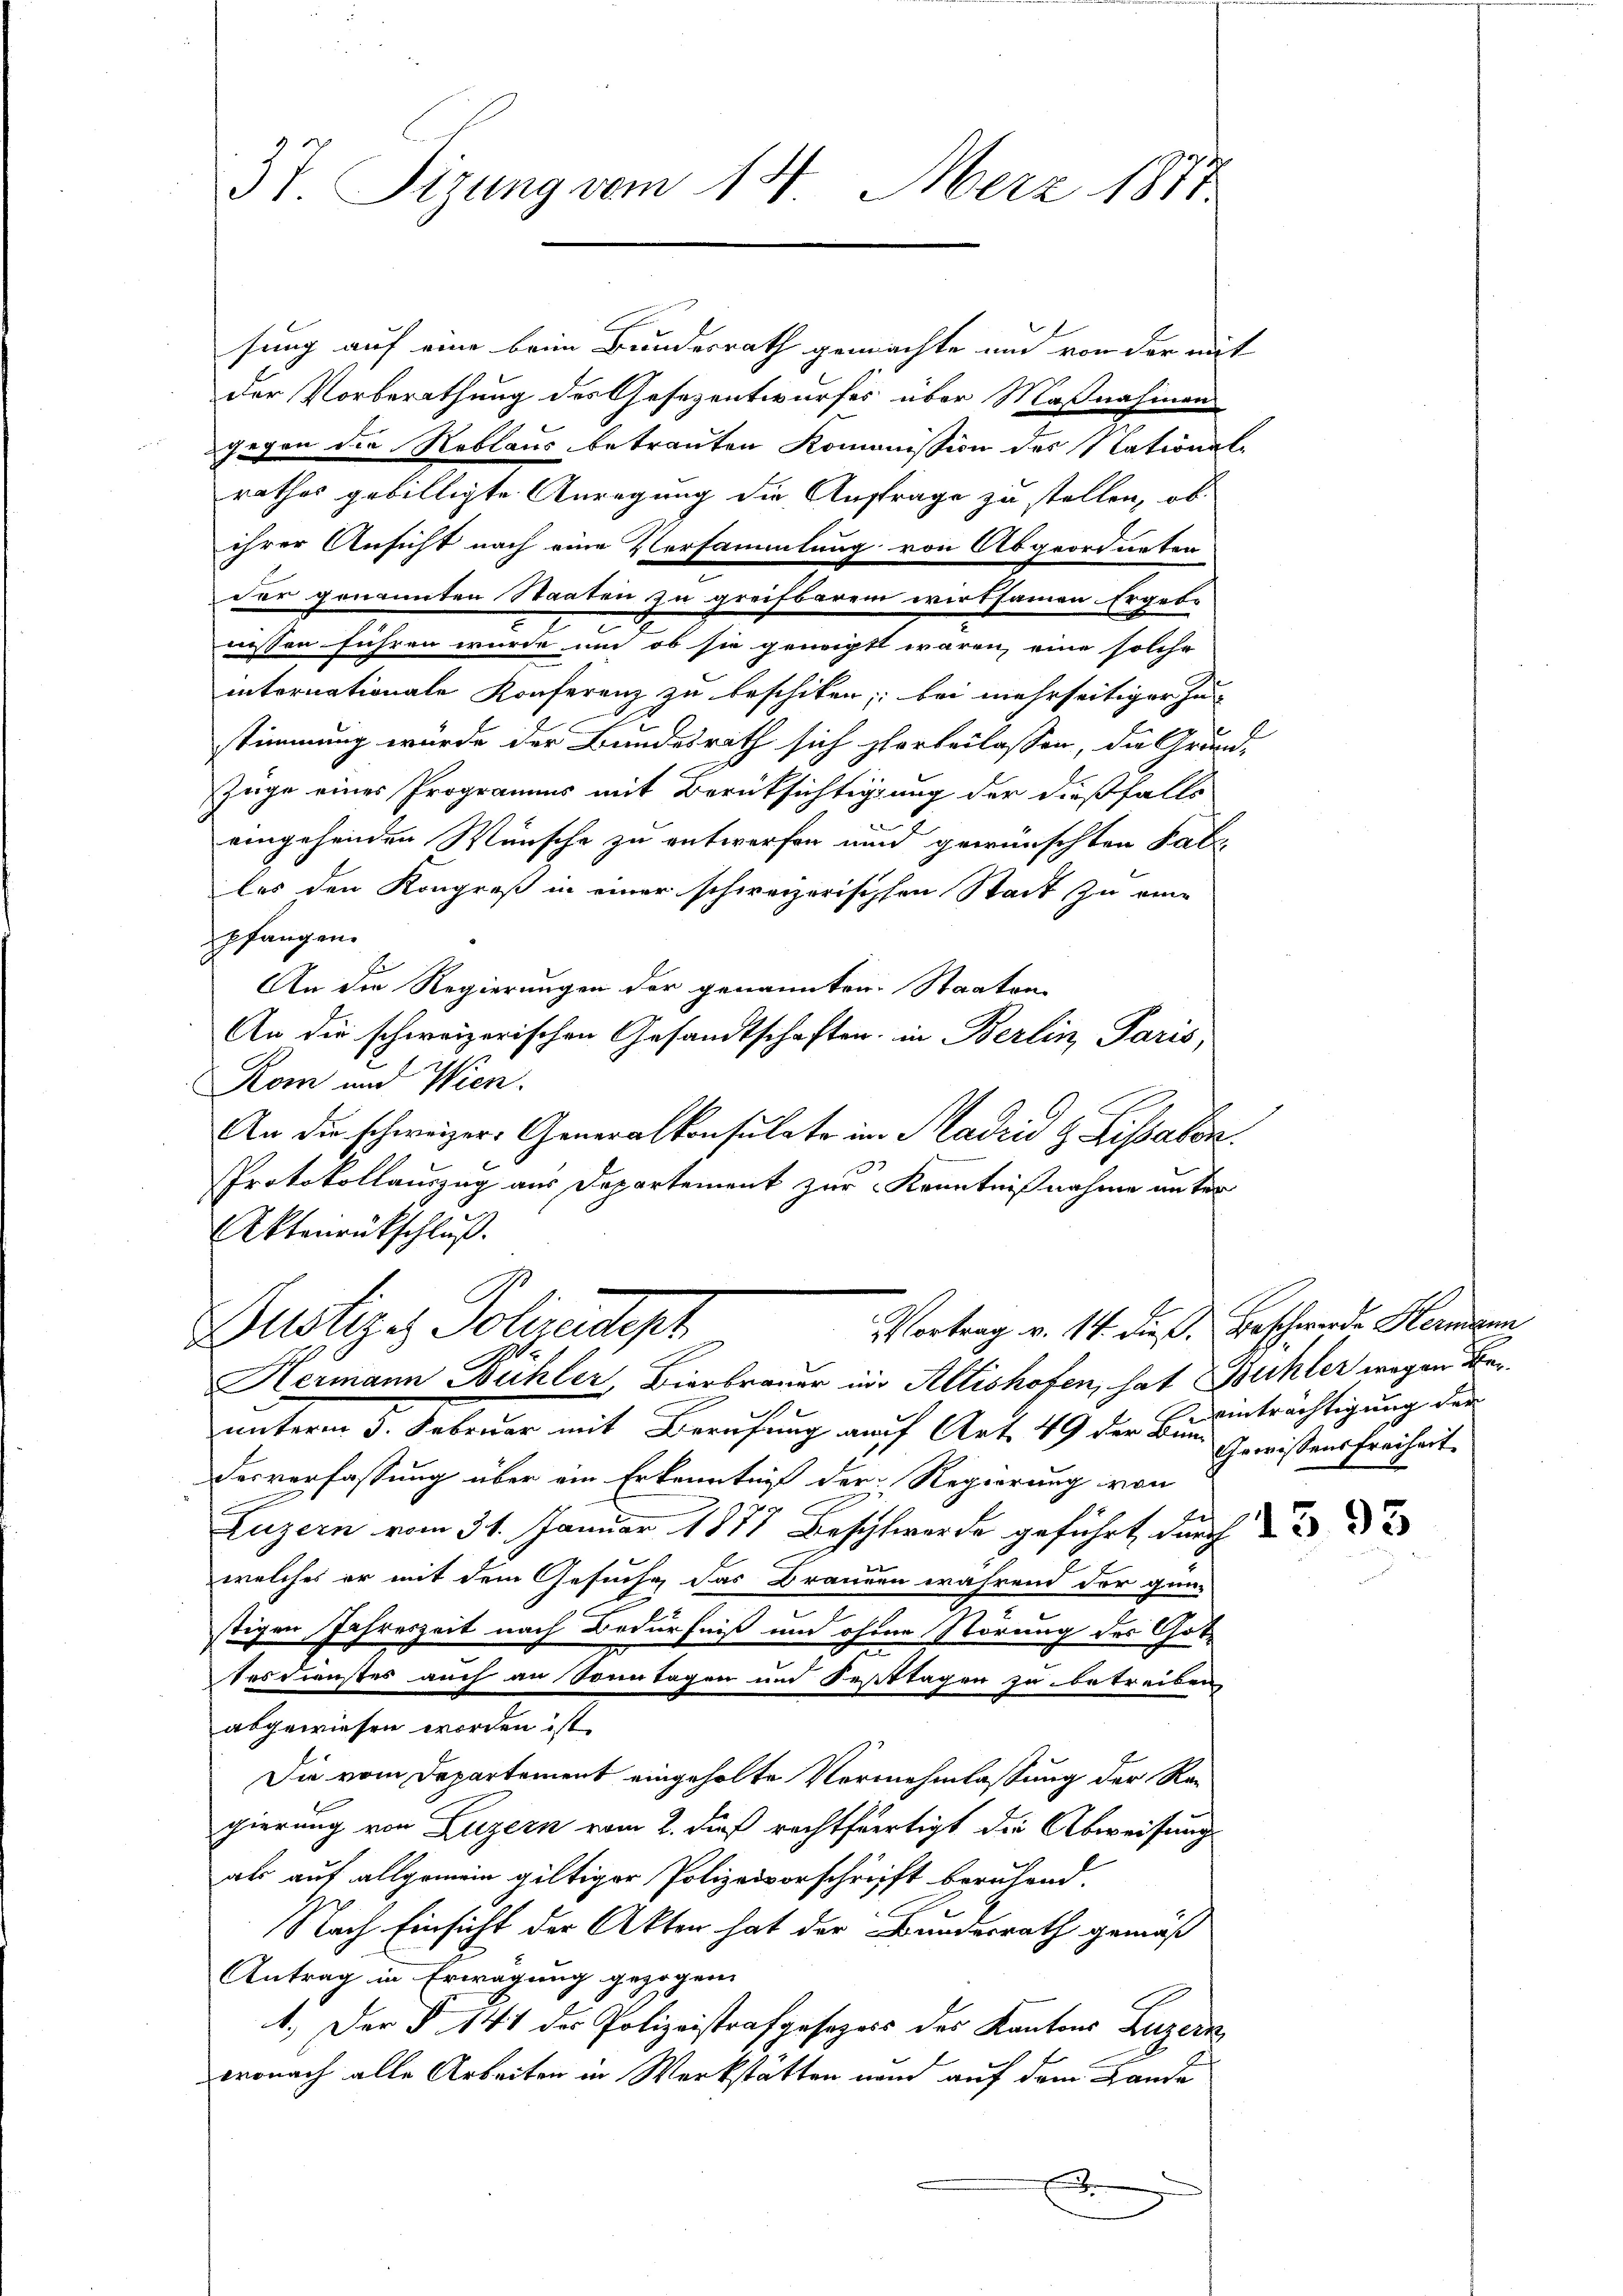
37. Sizung vom 14. Merz 1877

sung auf eine beim Bundesrath gemachte und von der mit
der Vorberathung des Gesezentwurfes über Maßnahmen
gegen die Reblaus betrauten Kommission des National-
rathes gebilligte Anregung die Auftrage zu stellen, ob
ihrer Ansicht nach eine Versammlung von Abgeordneten
der genannten Staaten zu greifbarem wirksamen Ergebe
nissen führen wurde und ob sie genügt waren, eine solche
internationale Konferenz zu beschiken; bei mehrseitiger Zu-
stimmung wurde der Bundesrath sich herbeilassen, die Grund-
Züge eines Programms mit Berüksichtigung der dießfalls
eingehenden Wünsche zu entworfen und gewünschten Fables den Kongreß in einer schweizerischen Stadt zu eine
pfangen.
An die Regierungen der genannten Staaten
An die schweizerischen Gesandtschaften in Berlin Paris,
Rom und Wien.
An die schweizer. Generalkonsulate in Madrid H. Lissabon
Protokollauszug aus Departement zur Kenntnißnahme unter
Aktenrückschluß.

Vortrag v. 14. dieß Beschwerde Hermann
Justiz- Polizeigt
t

Hermann Bühler, Bierbrauer in Altishofen, hat Bühler wegen Beunterm 3. Februar mit Berufung auf Art. 49 der Bund Gewissensfreiheit.
derverfassung über ein Erkenntniß der Regierung von
Luzern vom 31. Januar 1877 Beschwerde geführt durch d
welches er mit dem Gesuche das Branden während der gün-
tigen Jahreszeit nach Bedürfniß und ohne Störung des Gottesdienstes auch an Sonntagen und Festtagen zu betreiben,
abgewiesen worden ist.
Die vom Departement eingeholte Vermehmlassung der Ragierung von Luzern vom 2. dieß rechtfertigt die Abweisung
als auf allgemein giltiger Polizeivorschrift beruhend.
Nach Einsicht der Akten hat der Bundesrath gemäß
Antrag in Erwägung gezogen
1.) Der § 141 des Polizeistrafgesezess des Kantons Luzern
wonach alle Arbeiten in Werkstätten nun auf dem Lande

einträchtigung der